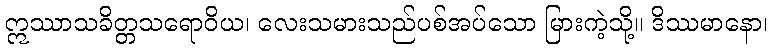
ဣဿာသခိတ္တသရောဝိယ၊ လေးသမားသည်ပစ်အပ်သော မြားကဲ့သို့။ ဒိဿမာနော၊